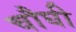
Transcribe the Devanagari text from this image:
चौघी